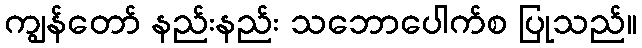
ကျွန်တော် နည်းနည်း သဘောပေါက်စ ပြုသည်။